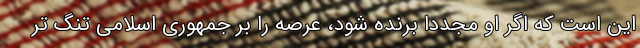
این است که اگر او مجدداً برنده شود، عرصه را بر جمهوری اسلامی تنگ تر